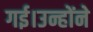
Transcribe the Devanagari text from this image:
गई।उन्होंने